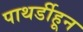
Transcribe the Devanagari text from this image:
पाथर्डीहून